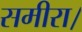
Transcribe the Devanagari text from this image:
समीरा।